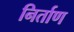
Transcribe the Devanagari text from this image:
निर्ताण